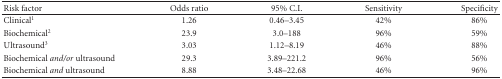
<table><thead><tr><td><b>Risk factor</b></td><td><b>Odds ratio</b></td><td><b>95% C.I.</b></td><td><b>Sensitivity</b></td><td><b>Specificity</b></td></tr></thead><tbody><tr><td>Clinical<sup>1</sup></td><td>1.26</td><td>0.46–3.45</td><td>42%</td><td>86%</td></tr><tr><td>Biochemical<sup>2</sup></td><td>23.9</td><td>3.0–188</td><td>96%</td><td>59%</td></tr><tr><td>Ultrasound<sup>3</sup></td><td>3.03</td><td>1.12–8.19</td><td>46%</td><td>88%</td></tr><tr><td>Biochemical <i>and/or</i> ultrasound</td><td>29.3</td><td>3.89–221.2</td><td>96%</td><td>56%</td></tr><tr><td>Biochemical <i>and</i> ultrasound</td><td>8.88</td><td>3.48–22.68</td><td>46%</td><td>96%</td></tr></tbody></table>